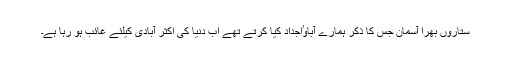
ستاروں بھرا آسمان جس کا ذکر ہمارے آباوٴاجداد کیا کرتے تھے اب دنیا کی اکثر آبادی کیلئے غائب ہو رہا ہے۔